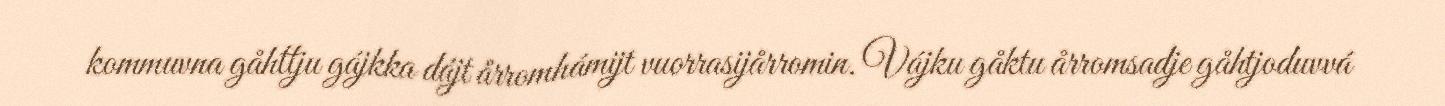
kommuvna gåhttju gájkka dájt årromhámijt vuorrasijårromin. Vájku gåktu årromsadje gåhtjoduvvá